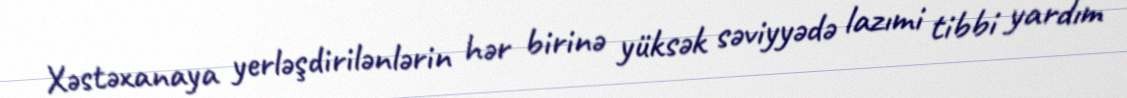
Xəstəxanaya yerləşdirilənlərin hər birinə yüksək səviyyədə lazımi tibbi yardım